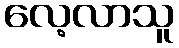
လေ့လာသူ